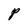
Character: P